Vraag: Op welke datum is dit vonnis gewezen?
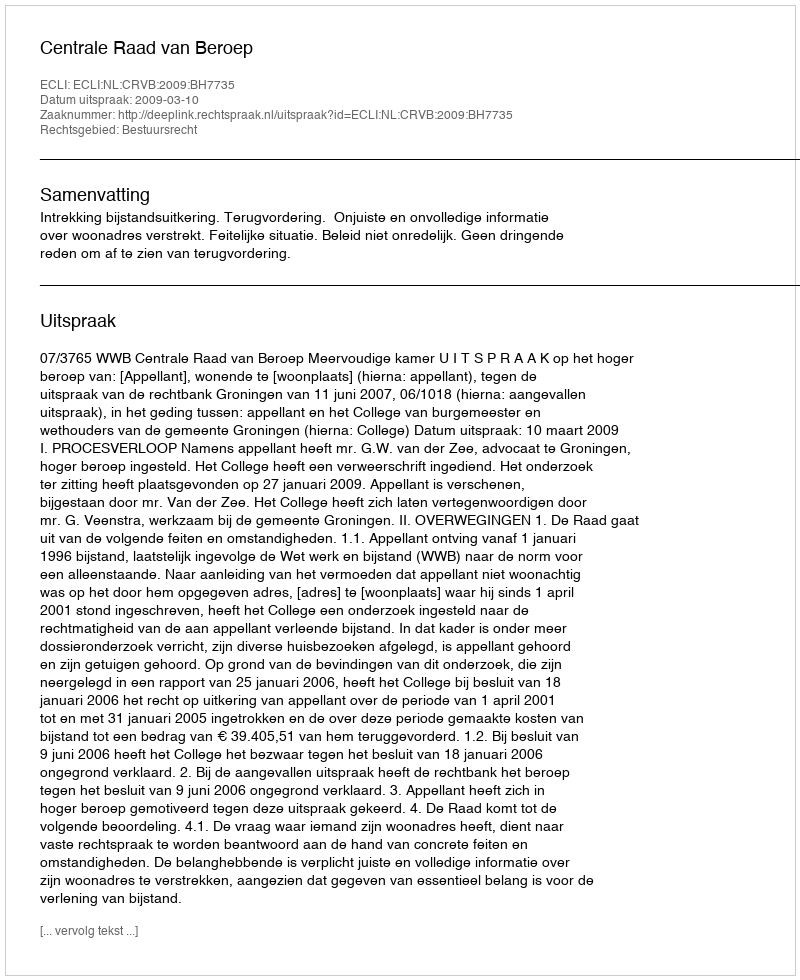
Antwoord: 2009-03-10